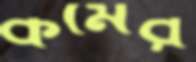
কমের